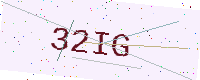
Text: 32IG